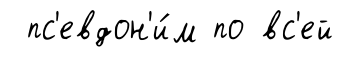
пс'евдон'и́м по вс'ей